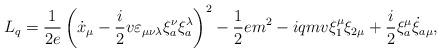
LaTeX: \begin{align*}L_q = \frac{1}{2e}\left(\dot{x}_\mu - \frac{i}{2} v \varepsilon_{\mu\nu\lambda}\xi^\nu_a \xi^\lambda_a \right)^2 - \frac{1}{2}e m^2 - i q m v \xi_1^\mu\xi_{2\mu}+ \frac{i}{2} \xi_a^\mu \dot{\xi}_{a\mu}, \end{align*}